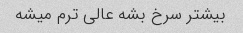
بیشتر سرخ بشه عالی ترم میشه